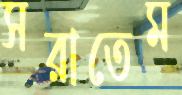
সরাতেম